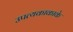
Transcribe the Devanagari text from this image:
उपत्यकाकाके